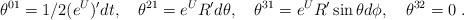
LaTeX: \begin{align*}\theta^{01} =1/2 (e^{U})' dt, \quad \theta^{21} = e^U R' d\theta,\quad\theta^{31} = e^U R'\sin\theta d\phi, \quad \theta^{32} = 0\ .\end{align*}